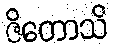
ဇိတောသိ